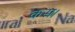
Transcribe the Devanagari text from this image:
कस।